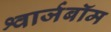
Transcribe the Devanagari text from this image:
श्वार्जबॉम